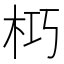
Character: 𭩣